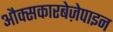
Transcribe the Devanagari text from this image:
औक्सकारबेज़ेपाइन